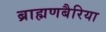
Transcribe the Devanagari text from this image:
ब्राह्मणबैरिया